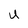
Character: U